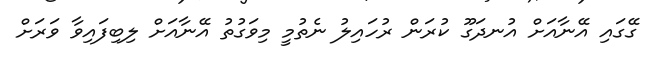
ގޭގައި އޭނާއަށް އުނދަގޫ ކުރަން ރުހައިލު ނެތުމީ މިވަގުތު އޭނާއަށް ލިބިފައިވާ ވަރަށް